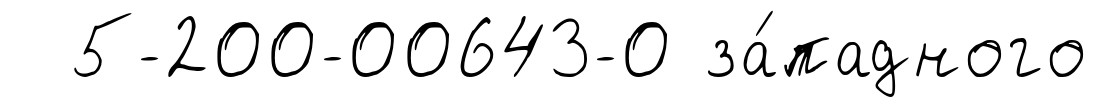
5-200-00643-0 за́падного